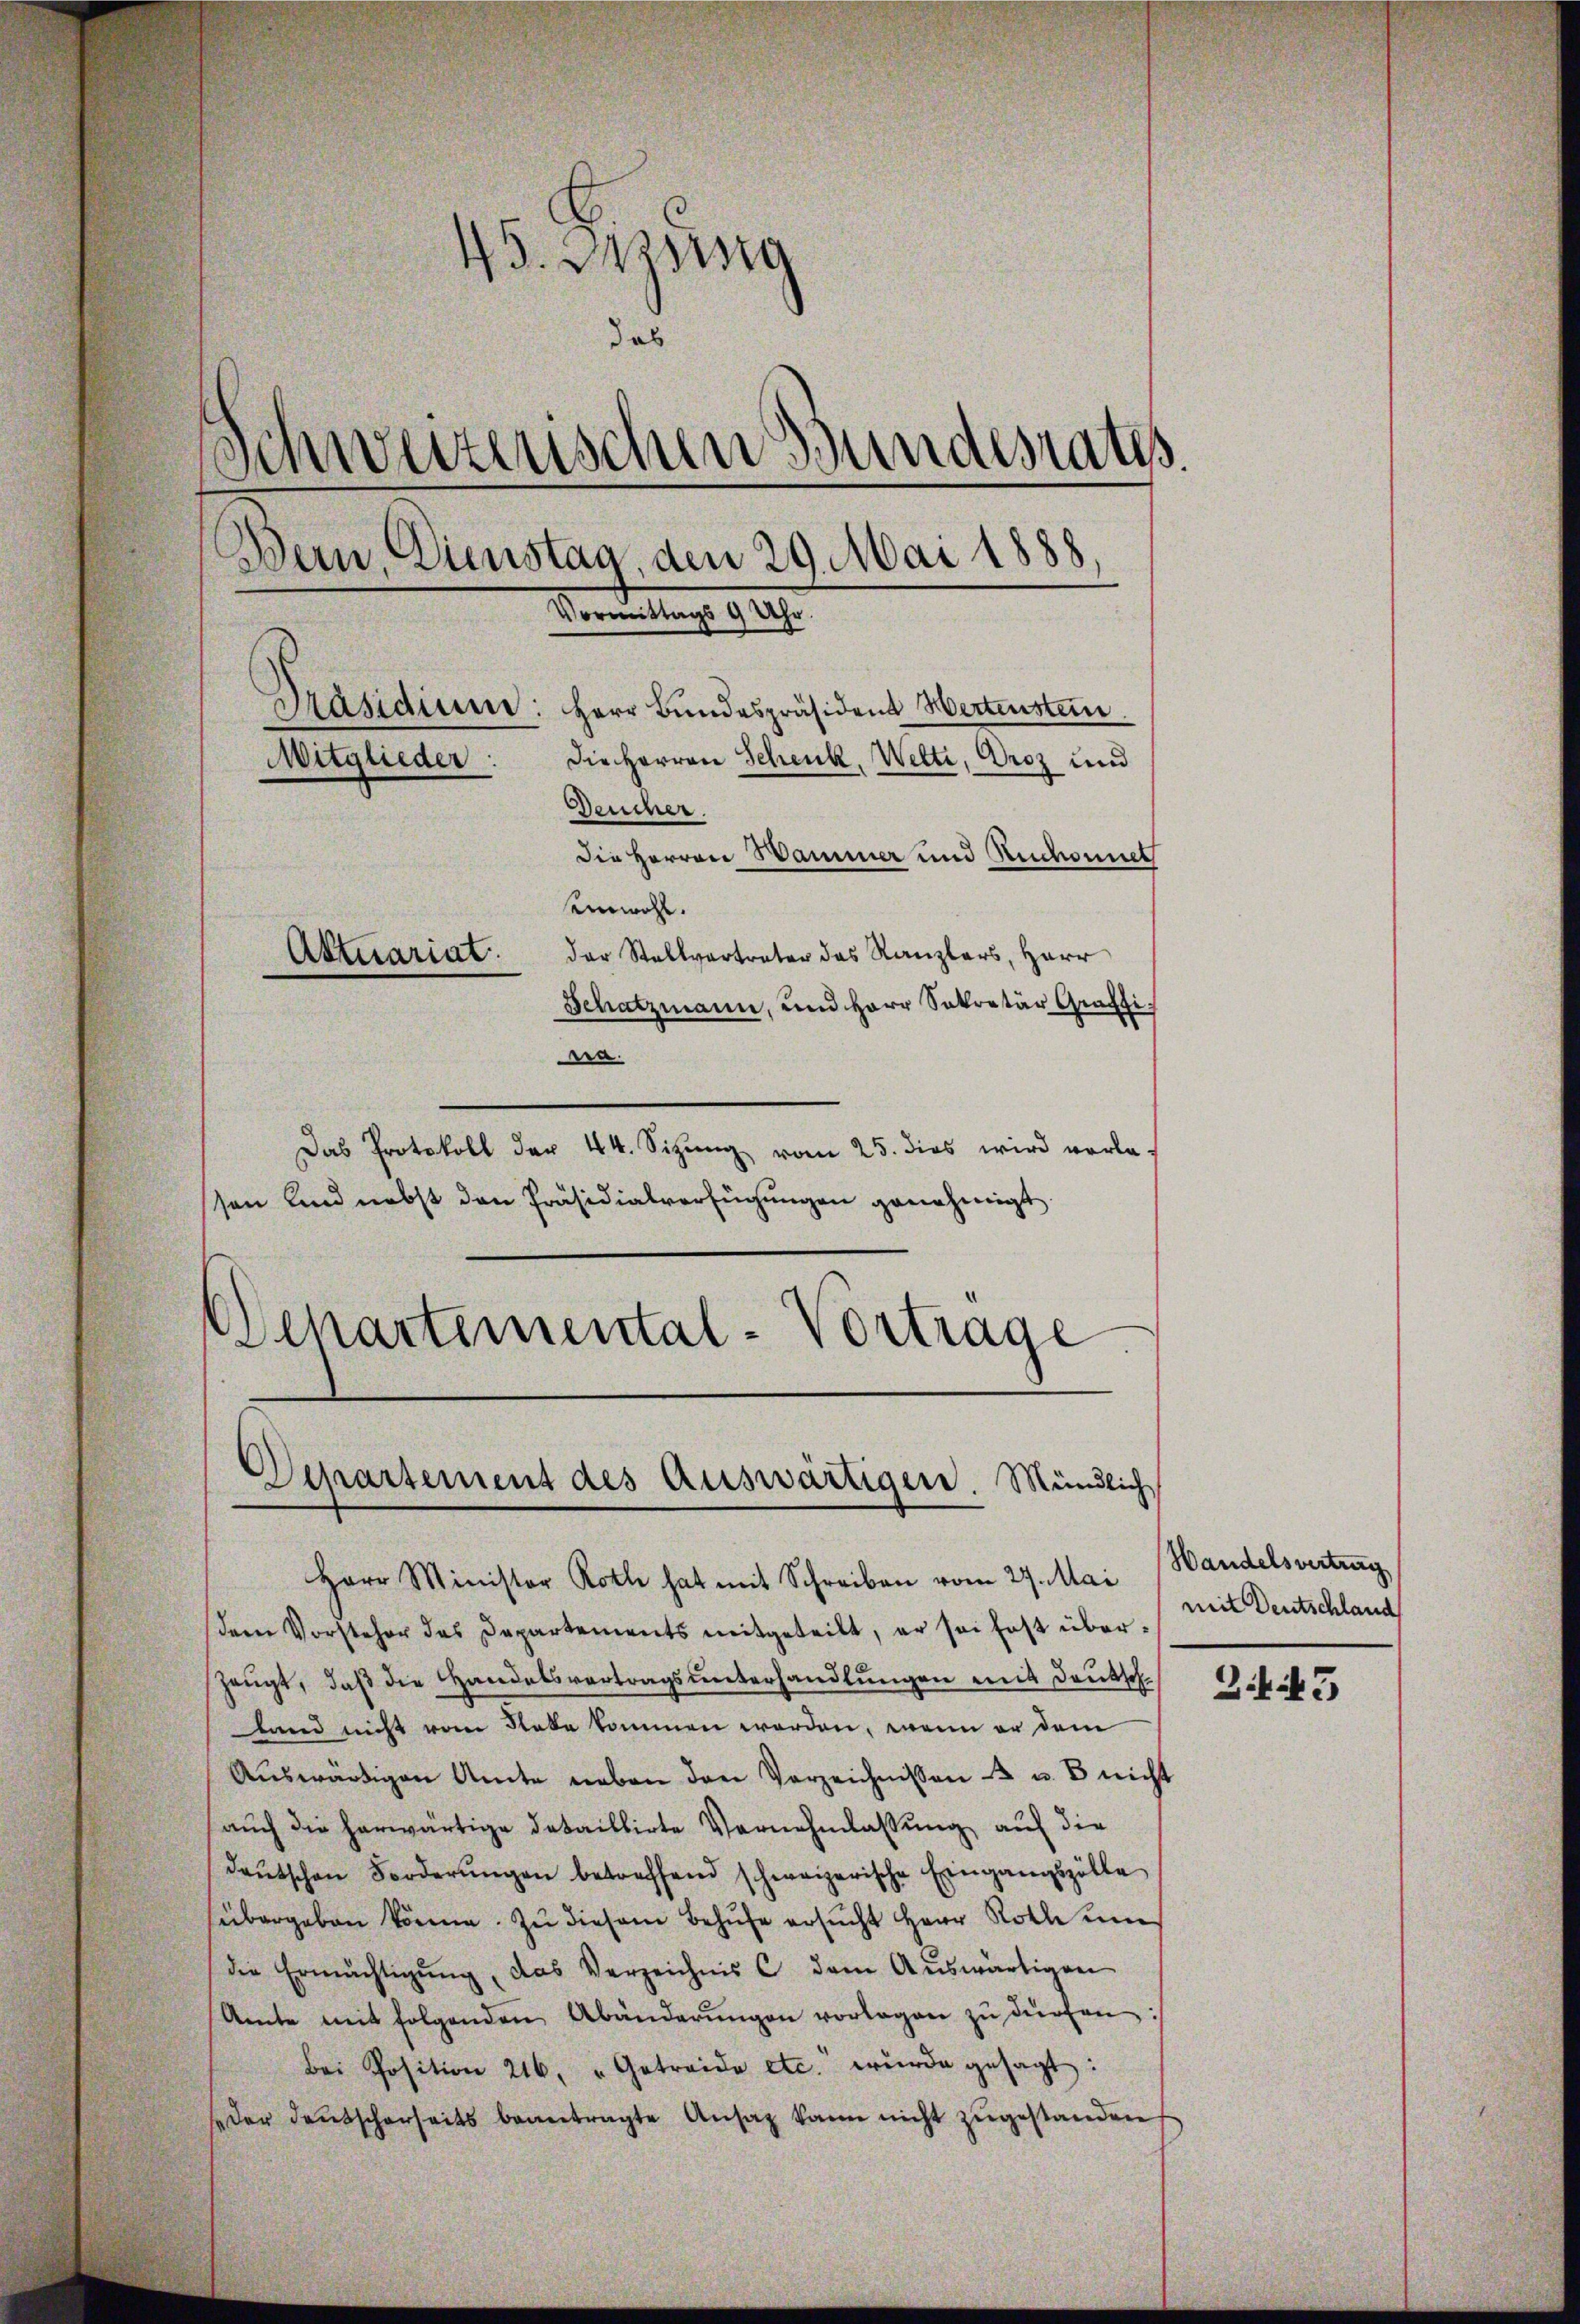
45. Assig
das
Schweizerischen Bundesrates.
Bern, Dienstag, den 29. Mai 1888,
Vormittags 9 Uhr.
Präsidium: Herr Bundespräsident Wertenstein
die Herren Schenk, Welti, Droz und
Mitglieder:
Deucher.
die Herren Hammer und Reichsonnet
einwohl.
der Stallvertreter das Kanzlers, Herr
Aktuariat.
Schatzmann, und Herr Sekretär Graffi¬
Bra.

Das Protokoll der 44. Sitzung vom 25. dies wird verlasen und nebst den Präsidialverfügungen genehmigt.
Departemental-Vortrage

Departement des Auswärtigen. Mündlich

Herr Minister Roth hat mit Schreiben vom 27. Mai
dem Vorsteher das Departements mitgeteilt, er sei fast über¬
Zeŭgt, daβ die Handelsvertragsŭnterhandlŭngen mit Deutsch
land nicht vom Note kommen worden, wenn er dem
Aŭswärtigen Amte neben den Verzeichnissen - u. B nicht
auch die herwärtige detaillirte Vernehmlassung auf die
deŭtschen Forderŭngen betreffend schweizerische Eingangszölle
sübergeben könne. Zu diesem Behufe ersŭcht Herr Rolle um
die Ermächtigŭng, das Verzeichnis u dem Aŭswärtigen
Amte mit folgenden Abänderŭngen vorlagen zŭ dürfen :/
Bei Position 216. " Getreide etc. wurde gesagt:
der deutscherseits beantragte Ansatz kann nicht zugestanden

Handelsvertrag
mit Deutschland

Z.43